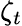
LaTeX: \zeta_{t}